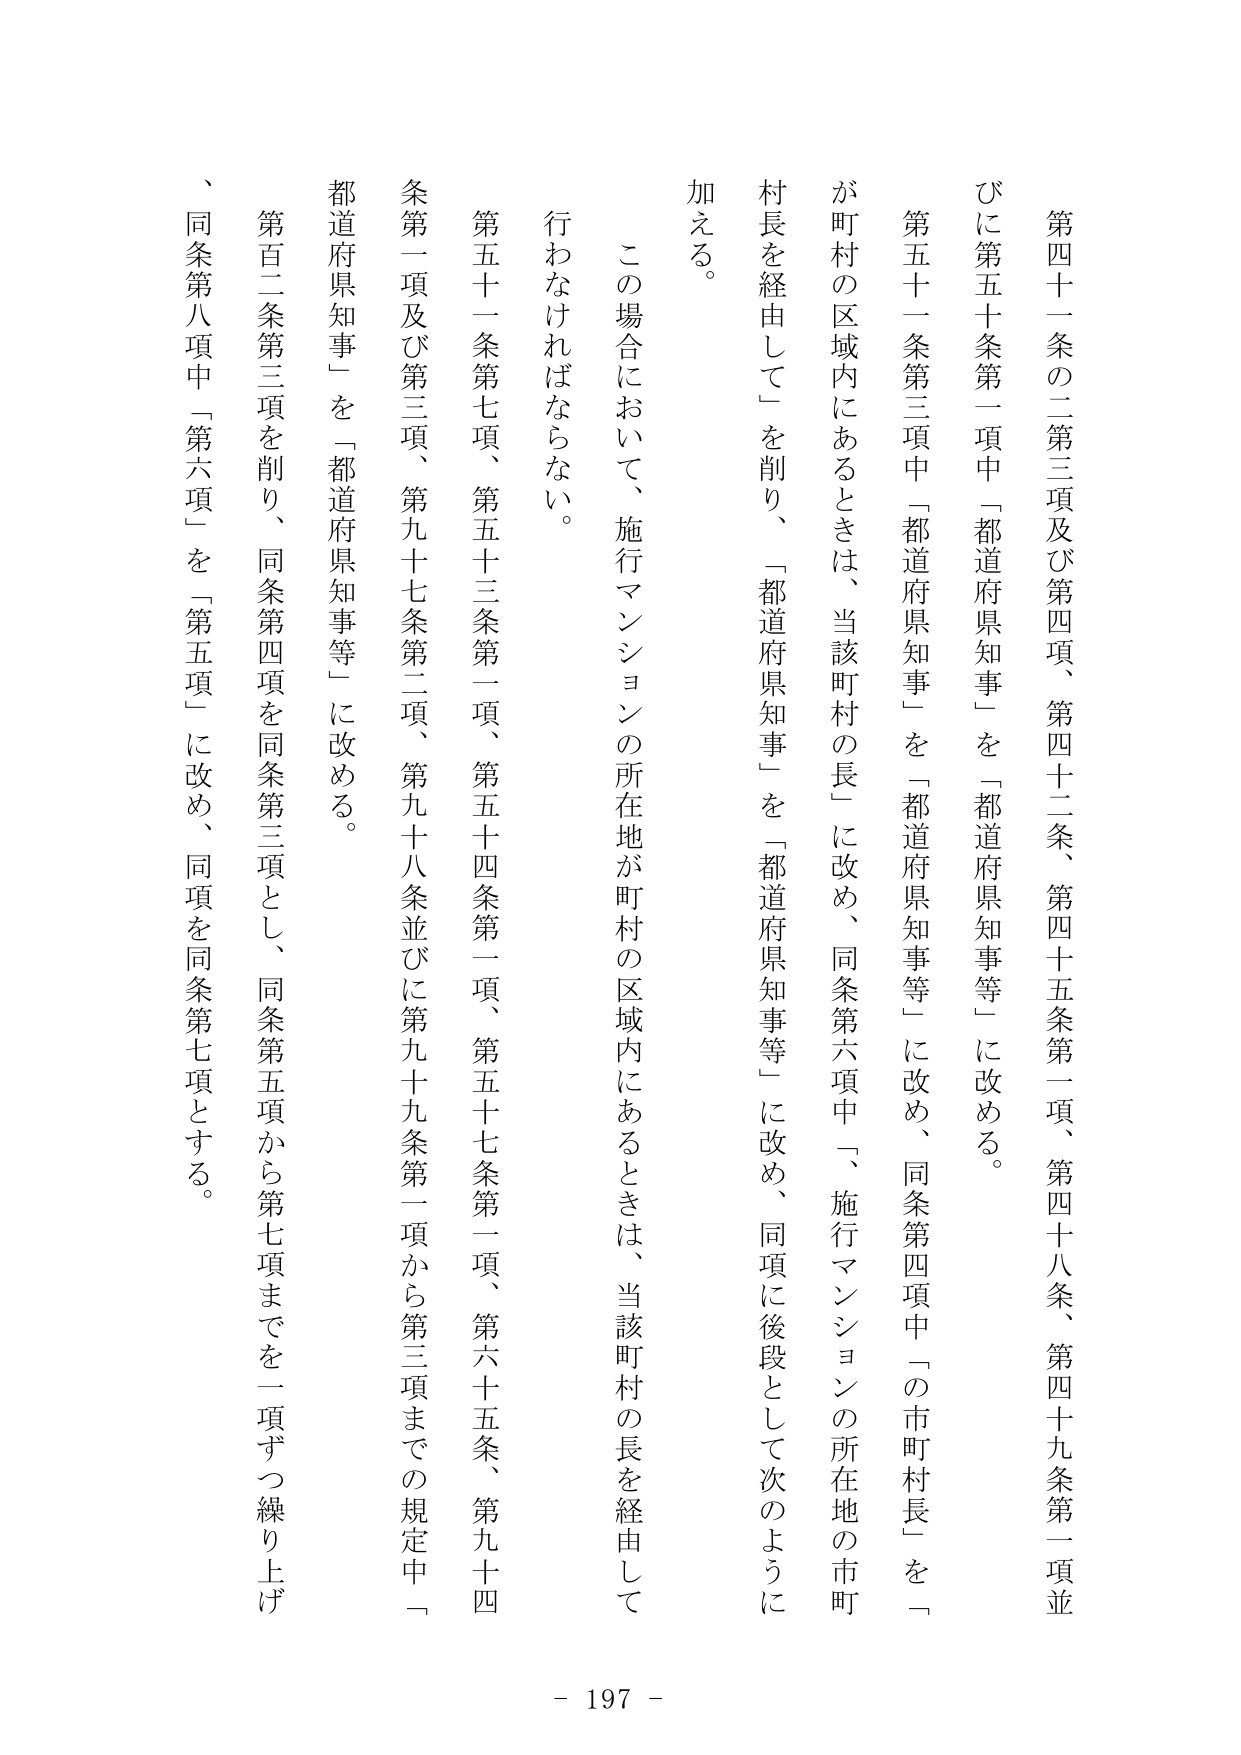
第四十一条の二第三項及び第四項、第四十二条、第四十五条第一項、第四十八条、第四十九条第一項並びに第五十条第一項中「都道府県知事」を「都道府県知事等」に改める。

第五十一条第三項中「都道府県知事」を「都道府県知事等」に改め、同条第四項中「の市町村長」を「が町村の区域内にあるときは、当該町村の長」に改め、同条第六項中「、施行マンションの所在地の市町村長を経由して」を削り、「都道府県知事」を「都道府県知事等」に改め、同項に後段として次のように加える。

この場合において、施行マンションの所在地が町村の区域内にあるときは、当該町村の長を経由して行わなければならない。

第五十一条第七項、第五十三条第一項、第五十四条第一項、第五十七条第一項、第六十五条、第九十四条第一項及び第三項、第九十七条第二項、第九十八条並びに第九十九条第一項から第三項までの規定中「都道府県知事」を「都道府県知事等」に改める。

第百二条第三項を削り、同条第四項を同条第三項とし、同条第五項から第七項までを一項ずつ繰り上げ、同条第八項中「第六項」を「第五項」に改め、同項を同条第七項とする。

- 197 -